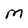
Character: M